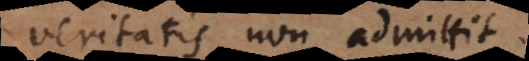
veritatis non admittit.